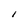
Character: I